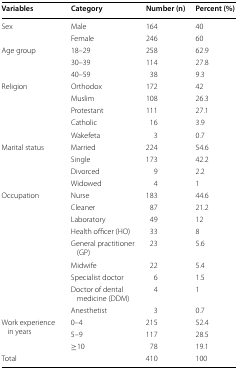
<table><thead><tr><td><b>Variables</b></td><td><b>Category</b></td><td><b>Number (n)</b></td><td><b>Percent (%)</b></td></tr></thead><tbody><tr><td rowspan="2">Sex</td><td>Male</td><td>164</td><td>40</td></tr><tr><td>Female</td><td>246</td><td>60</td></tr><tr><td rowspan="3">Age group</td><td>18–29</td><td>258</td><td>62.9</td></tr><tr><td>30–39</td><td>114</td><td>27.8</td></tr><tr><td>40–59</td><td>38</td><td>9.3</td></tr><tr><td rowspan="5">Religion</td><td>Orthodox</td><td>172</td><td>42</td></tr><tr><td>Muslim</td><td>108</td><td>26.3</td></tr><tr><td>Protestant</td><td>111</td><td>27.1</td></tr><tr><td>Catholic</td><td>16</td><td>3.9</td></tr><tr><td>Wakefeta</td><td>3</td><td>0.7</td></tr><tr><td rowspan="4">Marital status</td><td>Married</td><td>224</td><td>54.6</td></tr><tr><td>Single</td><td>173</td><td>42.2</td></tr><tr><td>Divorced</td><td>9</td><td>2.2</td></tr><tr><td>Widowed</td><td>4</td><td>1</td></tr><tr><td rowspan="9">Occupation</td><td>Nurse</td><td>183</td><td>44.6</td></tr><tr><td>Cleaner</td><td>87</td><td>21.2</td></tr><tr><td>Laboratory</td><td>49</td><td>12</td></tr><tr><td>Health officer (HO)</td><td>33</td><td>8</td></tr><tr><td>General practitioner (GP)</td><td>23</td><td>5.6</td></tr><tr><td>Midwife</td><td>22</td><td>5.4</td></tr><tr><td>Specialist doctor</td><td>6</td><td>1.5</td></tr><tr><td>Doctor of dental medicine (DDM)</td><td>4</td><td>1</td></tr><tr><td>Anesthetist</td><td>3</td><td>0.7</td></tr><tr><td rowspan="3">Work experience in years</td><td>0–4</td><td>215</td><td>52.4</td></tr><tr><td>5–9</td><td>117</td><td>28.5</td></tr><tr><td>≥10</td><td>78</td><td>19.1</td></tr><tr><td>Total</td><td></td><td>410</td><td>100</td></tr></tbody></table>